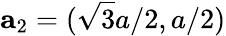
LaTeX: \mathbf{a}_{2}=(\sqrt{3}a/2,a/2)